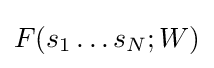
F(s_{1}\ldots s_{N};W)